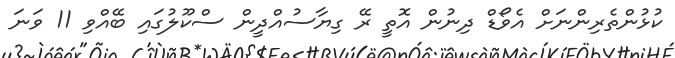
ކުޅުންތެރިންނަށް އެވޯޑް ދިނުން އޮތީ ރޭ ގިޔާސުއްދީން ސްކޫލުގައި ބޭއްވި 11 ވަނަ